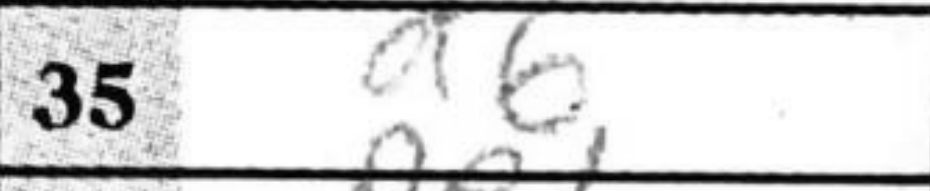
Transcription: d6